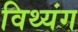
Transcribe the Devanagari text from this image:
विथ्यंग